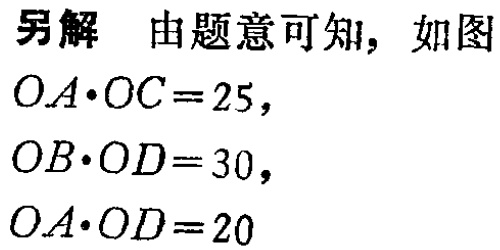
另解 由题意可知, 如图

\[

OA\cdot OC = 25,

\]

\[

OB\cdot OD = 30,

\]

\[

OA\cdot OD = 20

\]